Civil Veterinary Dept. Bombay admin report 1923-31 - 1923-1931
Year: 1923
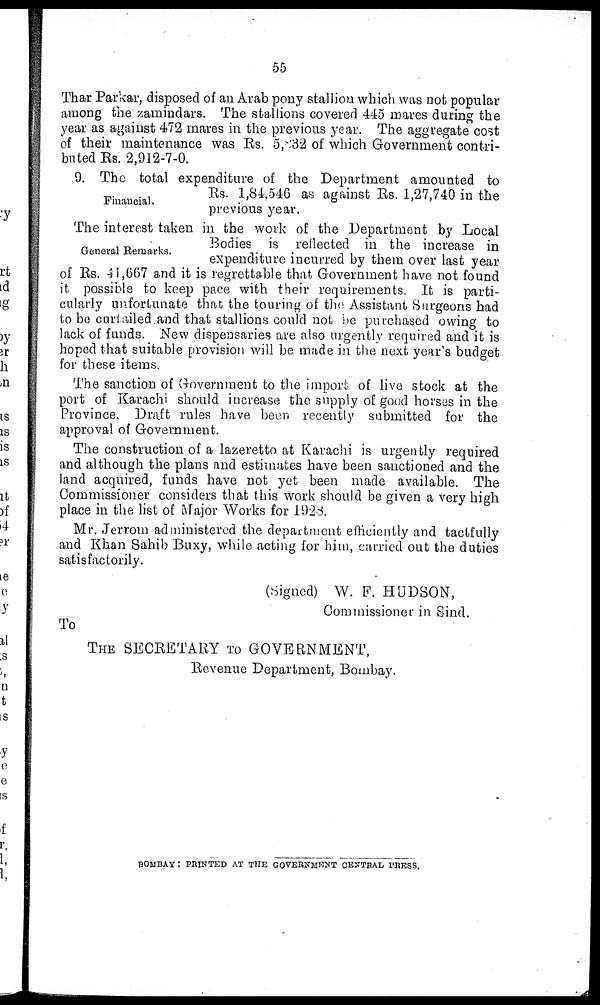
55
Thar Parkar, disposed of an Arab pony stallion which was not popular
among the zamindars. The stallions covered 445 mares during the
year as against 472 mares in the previous year. The aggregate cost
of their maintenance was Rs. 5,832 of which Government contri-
buted Rs. 2,912-7-0.
Financial.
9. The total expenditure of the Department amounted to
Rs. 1,84,546 as against Rs. 1,27,740 in the
previous year.
General Remarks.
The interest taken in the work of the Department by Local
Bodies is reflected in the increase in
expenditure incurred by them over last year
of Rs. 41,667 and it is regrettable that Government have not found
it possible to keep pace with their requirements. It is parti-
cularly unfortunate that the touring of the Assistant Surgeons had
to be curtailed and that stallions could not be purchased owing to
lack of funds. New dispensaries are also urgently required and it is
hoped that suitable provision will be made in the next year's budget
for these items.
The sanction of Government to the import of live stock at the
port of Karachi should increase the supply of good horses in the
Province. Draft rules have been recently submitted for the
approval of Government.
The construction of a lazeretto at Karachi is urgently required
and although the plans and estimates have been sanctioned and the
land acquired, funds have not yet been made available. The
Commissioner considers that this work should be given a very high
place in the list of Major Works for 1928.
Mr. Jerrom administered the department efficiently and tactfully
and Khan Sahib Buxy, while acting for him, carried out the duties
satisfactorily.
(Signed) W. F. HUDSON,
Commissioner in Sind.
To
THE SECRETARY TO GOVERNMENT,
Revenue Department, Bombay.
BOMBAY : PRINTED AT THE GOVERNMENT CENTRAL PRESS.